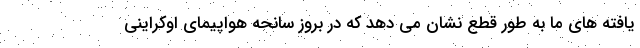
یافته های ما به طور قطع نشان می دهد که در بروز سانحه هواپیمای اوکراینی